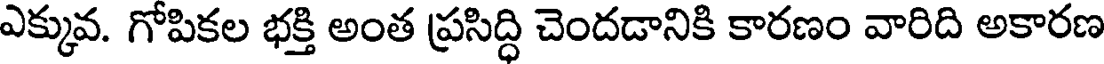
ఎక్కువ. గోపికల భక్తి అంత ప్రసిద్ధి చెందడానికి కారణం వారిది అకారణ